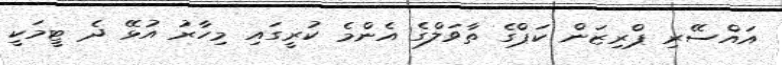
އައްސޭރި ޕްރިޒަން ކަޕްގެ ތާވަލްގެ އެންމެ ކުރީގައި މިހާރު އުޅޭ ދެ ޓީމަކީ